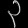
Digit: ၃